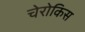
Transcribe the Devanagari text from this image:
चेरोकिस